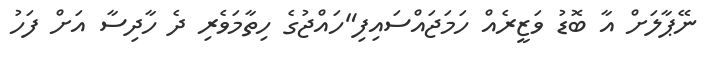
ނޭޕާލަށް އާ ބޮޑު ވަޒީރެއް ހަމަޖައްސައިފި"ހައްޖުގެ ހިތާމަވެރި ދެ ހާދިސާ އަށް ފަހު